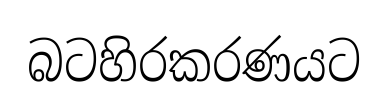
බටහිරකරණයට